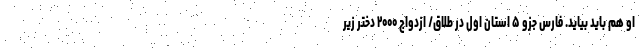
او هم باید بیاید. فارس جزو ۵ استان اول در طلاق/ ازدواج ۲۰۰۰ دختر زیر